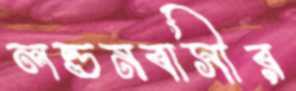
লন্ডনবাসীর